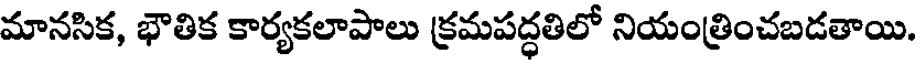
మానసిక, భౌతిక కార్యకలాపాలు క్రమపద్ధతిలో నియంత్రించబడతాయి.